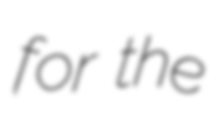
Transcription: for the